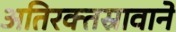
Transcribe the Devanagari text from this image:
अतिरक्तस्रावाने